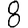
Digit: 8